Veski_algkool, lk 16
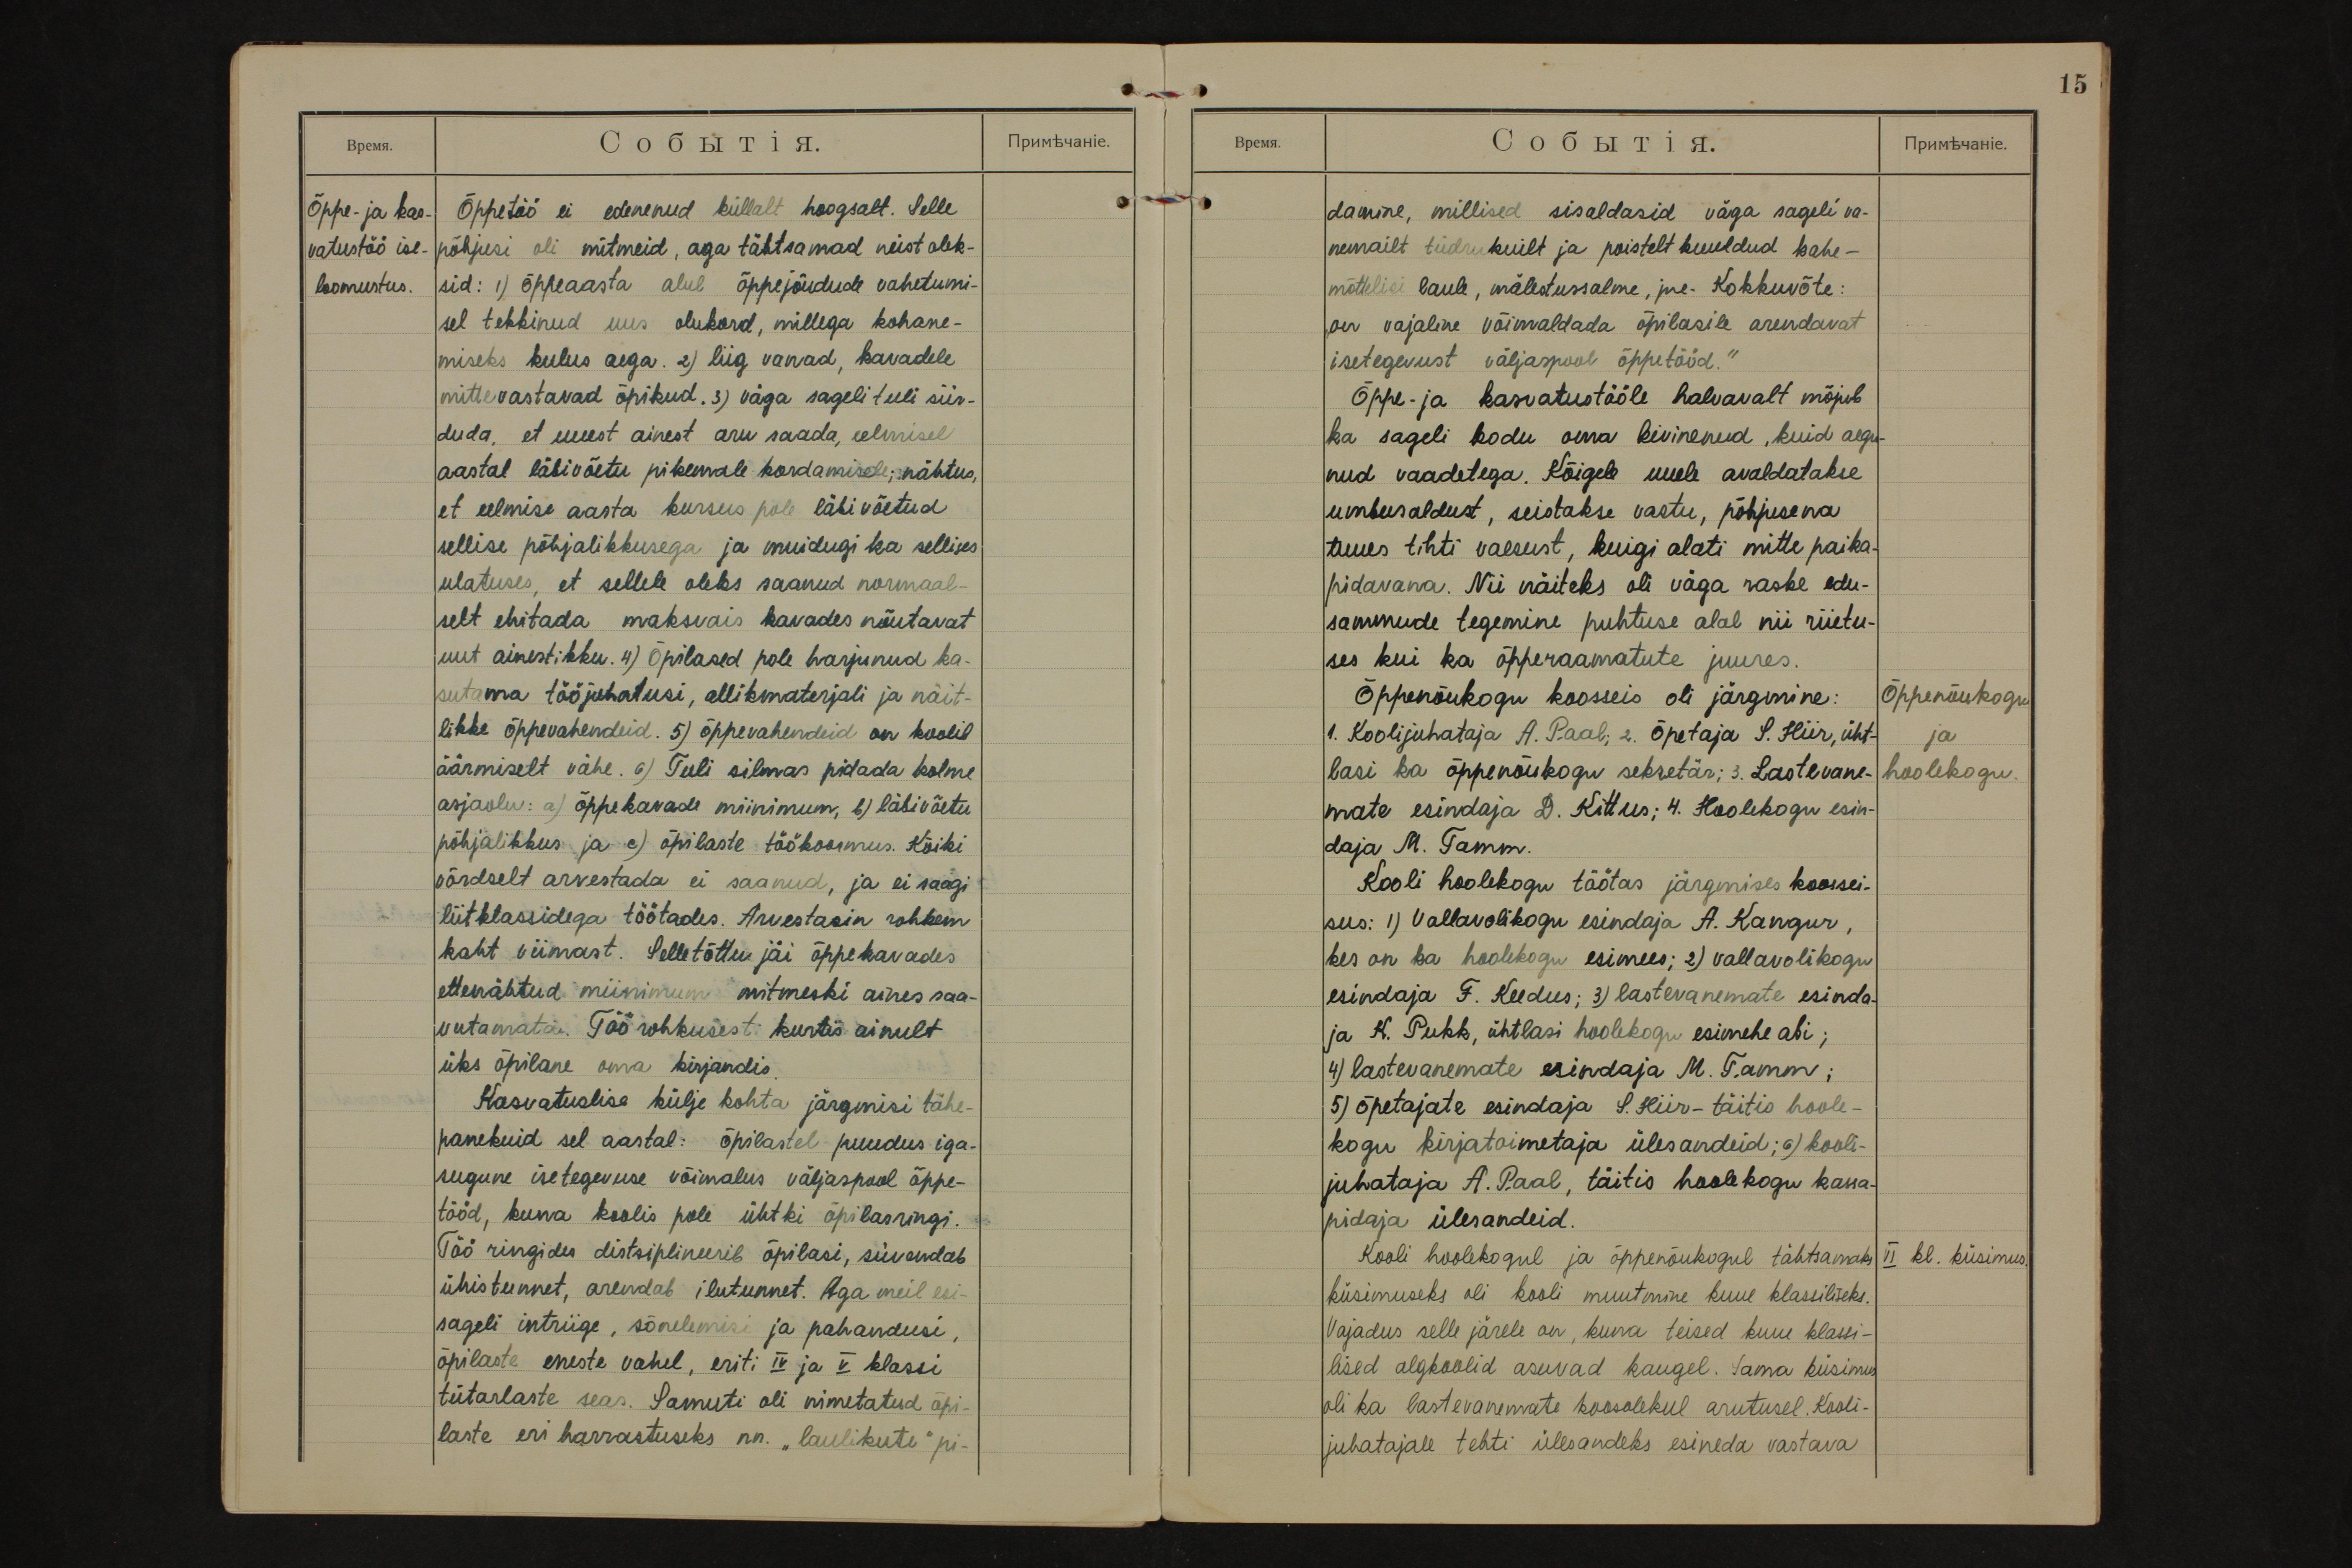
Õppe- ja kas-
vatustöö ise-
loomustus.

Õppetöö ei edenenud küllalt hoogsalt. Selle
põhjusi oli mitmeid, aga tähtsamad neist olek-
sid: 1) õppeaasta alul õppejõudude vahetumi-
sel tekkinud uus olukord, millega kohane-
miseks kulus aega. 2) liig vanad, kavadele
mittevastavad õpikud. 3) väga sageli tuli siir-
duda, et uuest ainest aru saada, eelmisel
aastal läbivõetu pikemale kordamisele; nähtus,
et eelmise aasta kursus pole läbivõetud
sellise põhjalikkusega ja muidugi ka sellises
ulatuses, et sellele oleks saanud normaal-
selt ehitada maksvais kavades nõutavat
uut ainestikku. 4) Õpilased pole harjunud ka-
sutama tööjuhatusi, allikmaterjali ja näit-
likke õppevahendeid. 5) õppevahendeid on koolil
äärmiselt vähe. 6) Tuli silmas pidada kolme
asjaolu: a) õppekavade miinimum, b) läbivõetu
põhjalikkus ja c) õpilaste töökoormus. Kõiki
võrdselt arvestada ei saanud, ja ei saagi
liitklassidega töötades. Arvestasin rohkem
kaht viimast. Selle tõttu jäi õppekavades
ettenähtud miinimum mitmeski aines saa-
vutamata. Töö rohkusest kurtis ainult
üks õpilane oma kirjandis.
Kasvatuslise külje kohta järgmisi tähe-
panekuid sel aastal: õpilastel puudus iga-
sugune isetegevuse võimalus väljaspool õppe-
tööd, kuna koolis pole ühtki õpilasringi.
Töö ringides distsiplineerib õpilasi, süvendab
ühistunnet, arendab ilutunnet. Aga meil esi
sageli intriige, sõnelemisi ja pahandusi,
õpilaste eneste vahel, eriti IV ja V klassi
tütarlaste seas. Samuti oli nimetatud õpi-
laste eri harrastuseks nn. "laulikute" pi-

15
damine, millised sisaldasid väga sageli va-
nemailt tüdrukuilt ja poistelt kuuldud kahe-
mõttelisi laule, mälestussalme, jne. Kokkuvõte:
,, on vajaline võimaldada õpilasile arendavat
isetegevust väljaspool õppetööd."
Õppe- ja kasvatustööle halvavalt mõjub
ka sageli kodu oma kivinenud, kuid aegu-
nud vaadetega. Kõigele uuele avaldatakse
umbusaldust, seistakse vastu, põhjusena
tuues tihti vaesust, kuigi alati mitte paika-
pidavana. Nii näiteks oli väga raske edu-
sammude tegemine puhtuse alal nii riietu-
ses kui ka õpperaamatute juures.
Õppenõukogu
ja
hoolekogu.
Õppenõukogu koosseis oli järgmine:
1. Koolijuhataja A. Paal; 2. Õpetaja S. Hiir, üht-
lasi ka õppenõukogu sekretär; 3. Lastevane-
mate esindaja D. Kittus; 4. Hoolekogu esin-
daja M. Tamm.
Kooli hoolekogu töötas järgmises koossei-
sus: 1) Vallavolikogu esindaja A. Kangur,
kes on ka hoolekogu esimees; 2) vallavolikogu
esindaja F. Keedus; 3) lastevanemate esinda-
ja K. Pukk, ühtlasi hoolekogu esimehe abi;
4) lastevanemate esindaja M. Tamm;
5) õpetajate esindaja S. Hiir - täitis hoole-
kogu kirjatoimetaja ülesandeid; 6) kooli-
juhataja A. Paal, täitis hoolekogu kassa-
pidaja ülesandeid.
II kl. küsimus.
Kooli hoolekogul ja õppenõukogul tähtsamaks
küsimuseks oli kooli muutmine kuue klassiliseks.
Vajadus selle järele on, kuna teised kuue klassi-
lised algkoolid asuvad kaugel. Sama küsimus
oli ka lastevanemate koosolekul arutusel. Kooli-
juhatajale tehti ülesandeks esineda vastava